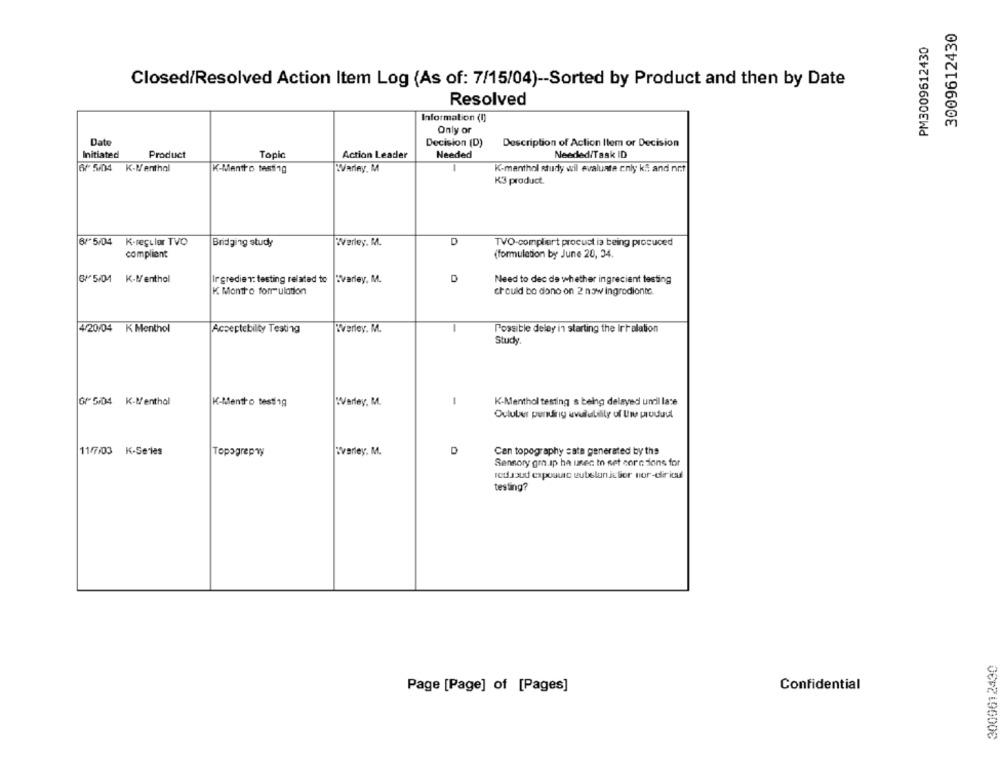
3009612430
PM3009612430
Closed/Resolved Action Item Log (As of: 7/15/04) -- Sorted by Product and then by Date
Resolved
Information (0)
Only or
Date
Decision (D)
Description of Action Item or Decision
Initiated
Product
Topic
Action Leader
Needed
Needed/Task ID
6/ 5/04 K-Menthal
Warley. M
K-menthol study will evaluate only kit and nr.t
K-Mentto test1g
K3 product.
6/5/04
K-regular TVO
Bridging study
Werley. M.
D
TVO-compliert procust ia being prosuced
compliant
(formulation by June 20, 34.
6/ 5/01 K-Menthol
Ingredien: testing related to
Evarley, M.
D
Need to dec de whether ingrecient testing
K Montho formulation
should be dono on 2 naw ingrediente.
-
4/20/04 K Menthol
Acceptebility Testing
Werley. M.
Possible delay in starting the Irralation
Study
6/ 5/04 K-Menthol
K-Mentho testing
WVarley, M.
-
K-Menthol testing s being delayed undil late
Oululeur pending availability of Un produul
D
11/7/03 K-Series
Topogrepny
:varley. M.
Can topography sate generated by the
Sensory gra ap ha unec to set corn tions for
redsoud exposure eutelaniclior nor-dlir icul
testing?
3009612430
Confidential
Page [Page] of [Pages]